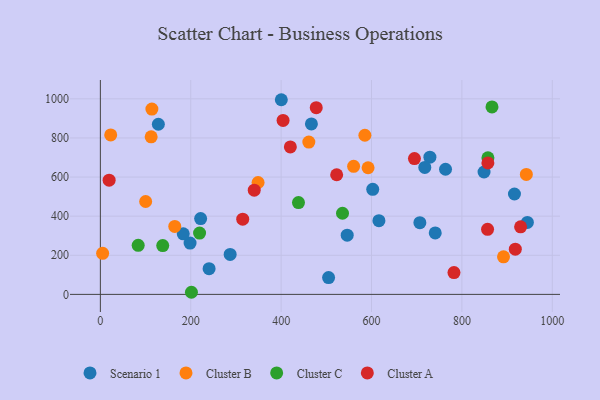
{"axis": {"x": "Engine Size", "y": "Fuel Efficiency"}, "legend": ["Cluster A", "Cluster B", "Cluster C", "Scenario 1"], "data": [{"x": "729.2", "y": 701.6, "type": "Scenario 1"}, {"x": "741.0", "y": 314.1, "type": "Scenario 1"}, {"x": "287.2", "y": 204.4, "type": "Scenario 1"}, {"x": "400.4", "y": 995.5, "type": "Scenario 1"}, {"x": "616.4", "y": 377.0, "type": "Scenario 1"}, {"x": "602.7", "y": 537.5, "type": "Scenario 1"}, {"x": "221.9", "y": 387.5, "type": "Scenario 1"}, {"x": "128.3", "y": 870.2, "type": "Scenario 1"}, {"x": "505.0", "y": 85.8, "type": "Scenario 1"}, {"x": "198.5", "y": 262.5, "type": "Scenario 1"}, {"x": "707.0", "y": 366.8, "type": "Scenario 1"}, {"x": "183.4", "y": 309.5, "type": "Scenario 1"}, {"x": "849.0", "y": 625.8, "type": "Scenario 1"}, {"x": "467.0", "y": 871.7, "type": "Scenario 1"}, {"x": "944.9", "y": 367.8, "type": "Scenario 1"}, {"x": "916.3", "y": 513.4, "type": "Scenario 1"}, {"x": "717.9", "y": 649.2, "type": "Scenario 1"}, {"x": "546.2", "y": 302.8, "type": "Scenario 1"}, {"x": "763.8", "y": 640.0, "type": "Scenario 1"}, {"x": "240.6", "y": 131.3, "type": "Scenario 1"}, {"x": "112.4", "y": 805.7, "type": "Cluster B"}, {"x": "5.0", "y": 209.8, "type": "Cluster B"}, {"x": "114.0", "y": 947.9, "type": "Cluster B"}, {"x": "22.9", "y": 815.3, "type": "Cluster B"}, {"x": "349.0", "y": 572.3, "type": "Cluster B"}, {"x": "892.1", "y": 192.3, "type": "Cluster B"}, {"x": "100.2", "y": 474.9, "type": "Cluster B"}, {"x": "164.6", "y": 347.7, "type": "Cluster B"}, {"x": "942.6", "y": 613.4, "type": "Cluster B"}, {"x": "461.3", "y": 778.9, "type": "Cluster B"}, {"x": "592.4", "y": 647.5, "type": "Cluster B"}, {"x": "560.4", "y": 655.1, "type": "Cluster B"}, {"x": "585.3", "y": 813.8, "type": "Cluster B"}, {"x": "219.5", "y": 313.5, "type": "Cluster C"}, {"x": "857.6", "y": 698.7, "type": "Cluster C"}, {"x": "535.8", "y": 415.0, "type": "Cluster C"}, {"x": "138.0", "y": 249.4, "type": "Cluster C"}, {"x": "866.6", "y": 958.5, "type": "Cluster C"}, {"x": "83.7", "y": 251.0, "type": "Cluster C"}, {"x": "201.5", "y": 10.8, "type": "Cluster C"}, {"x": "438.4", "y": 469.6, "type": "Cluster C"}, {"x": "918.2", "y": 231.4, "type": "Cluster A"}, {"x": "929.9", "y": 345.4, "type": "Cluster A"}, {"x": "782.5", "y": 111.3, "type": "Cluster A"}, {"x": "477.7", "y": 954.8, "type": "Cluster A"}, {"x": "340.5", "y": 533.1, "type": "Cluster A"}, {"x": "856.8", "y": 332.8, "type": "Cluster A"}, {"x": "420.4", "y": 753.9, "type": "Cluster A"}, {"x": "695.0", "y": 694.3, "type": "Cluster A"}, {"x": "857.5", "y": 672.5, "type": "Cluster A"}, {"x": "19.4", "y": 584.1, "type": "Cluster A"}, {"x": "315.0", "y": 384.4, "type": "Cluster A"}, {"x": "404.3", "y": 889.4, "type": "Cluster A"}, {"x": "522.9", "y": 611.7, "type": "Cluster A"}]}